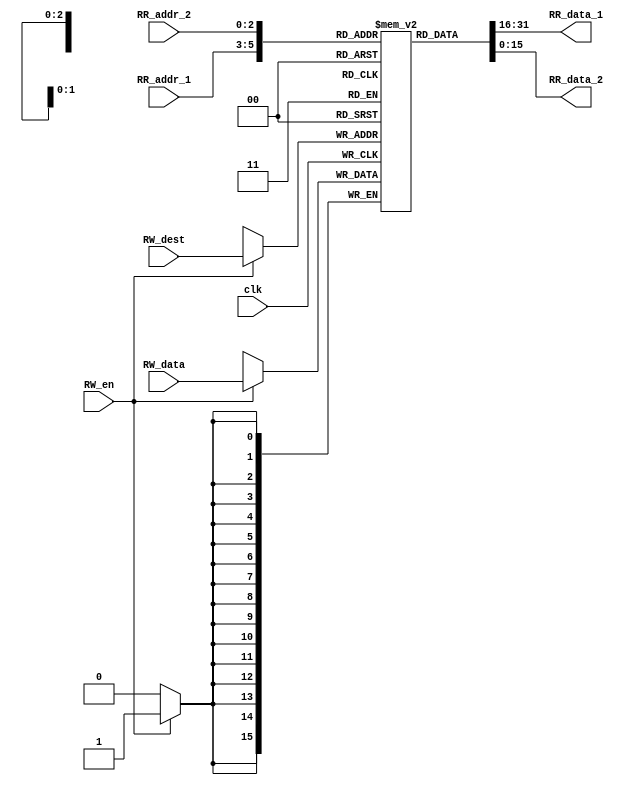

module reg_file (
	input clk, RW_en,
	input [2:0] RW_dest, RR_addr_1, RR_addr_2,
	input [15:0] RW_data,
	output [15:0] RR_data_1, RR_data_2);

reg [15:0] rf[7:0]; 
integer i;

initial begin             //set values to rf just for testbench
  for( i = 0; i < 8; i = i + 1) 
      rf[i] = i;
end

always@ (posedge clk) begin  
  if(RW_en)     
    rf[RW_dest] <= RW_data;
end

assign RR_data_1 = rf[RR_addr_1];
assign RR_data_2 = rf[RR_addr_2];

endmodule